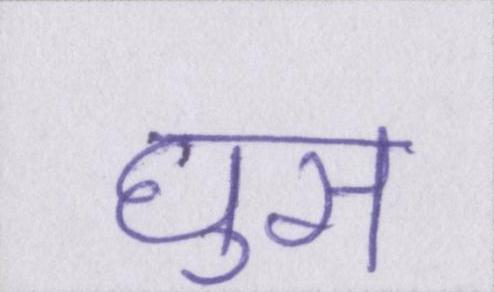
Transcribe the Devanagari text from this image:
घुस